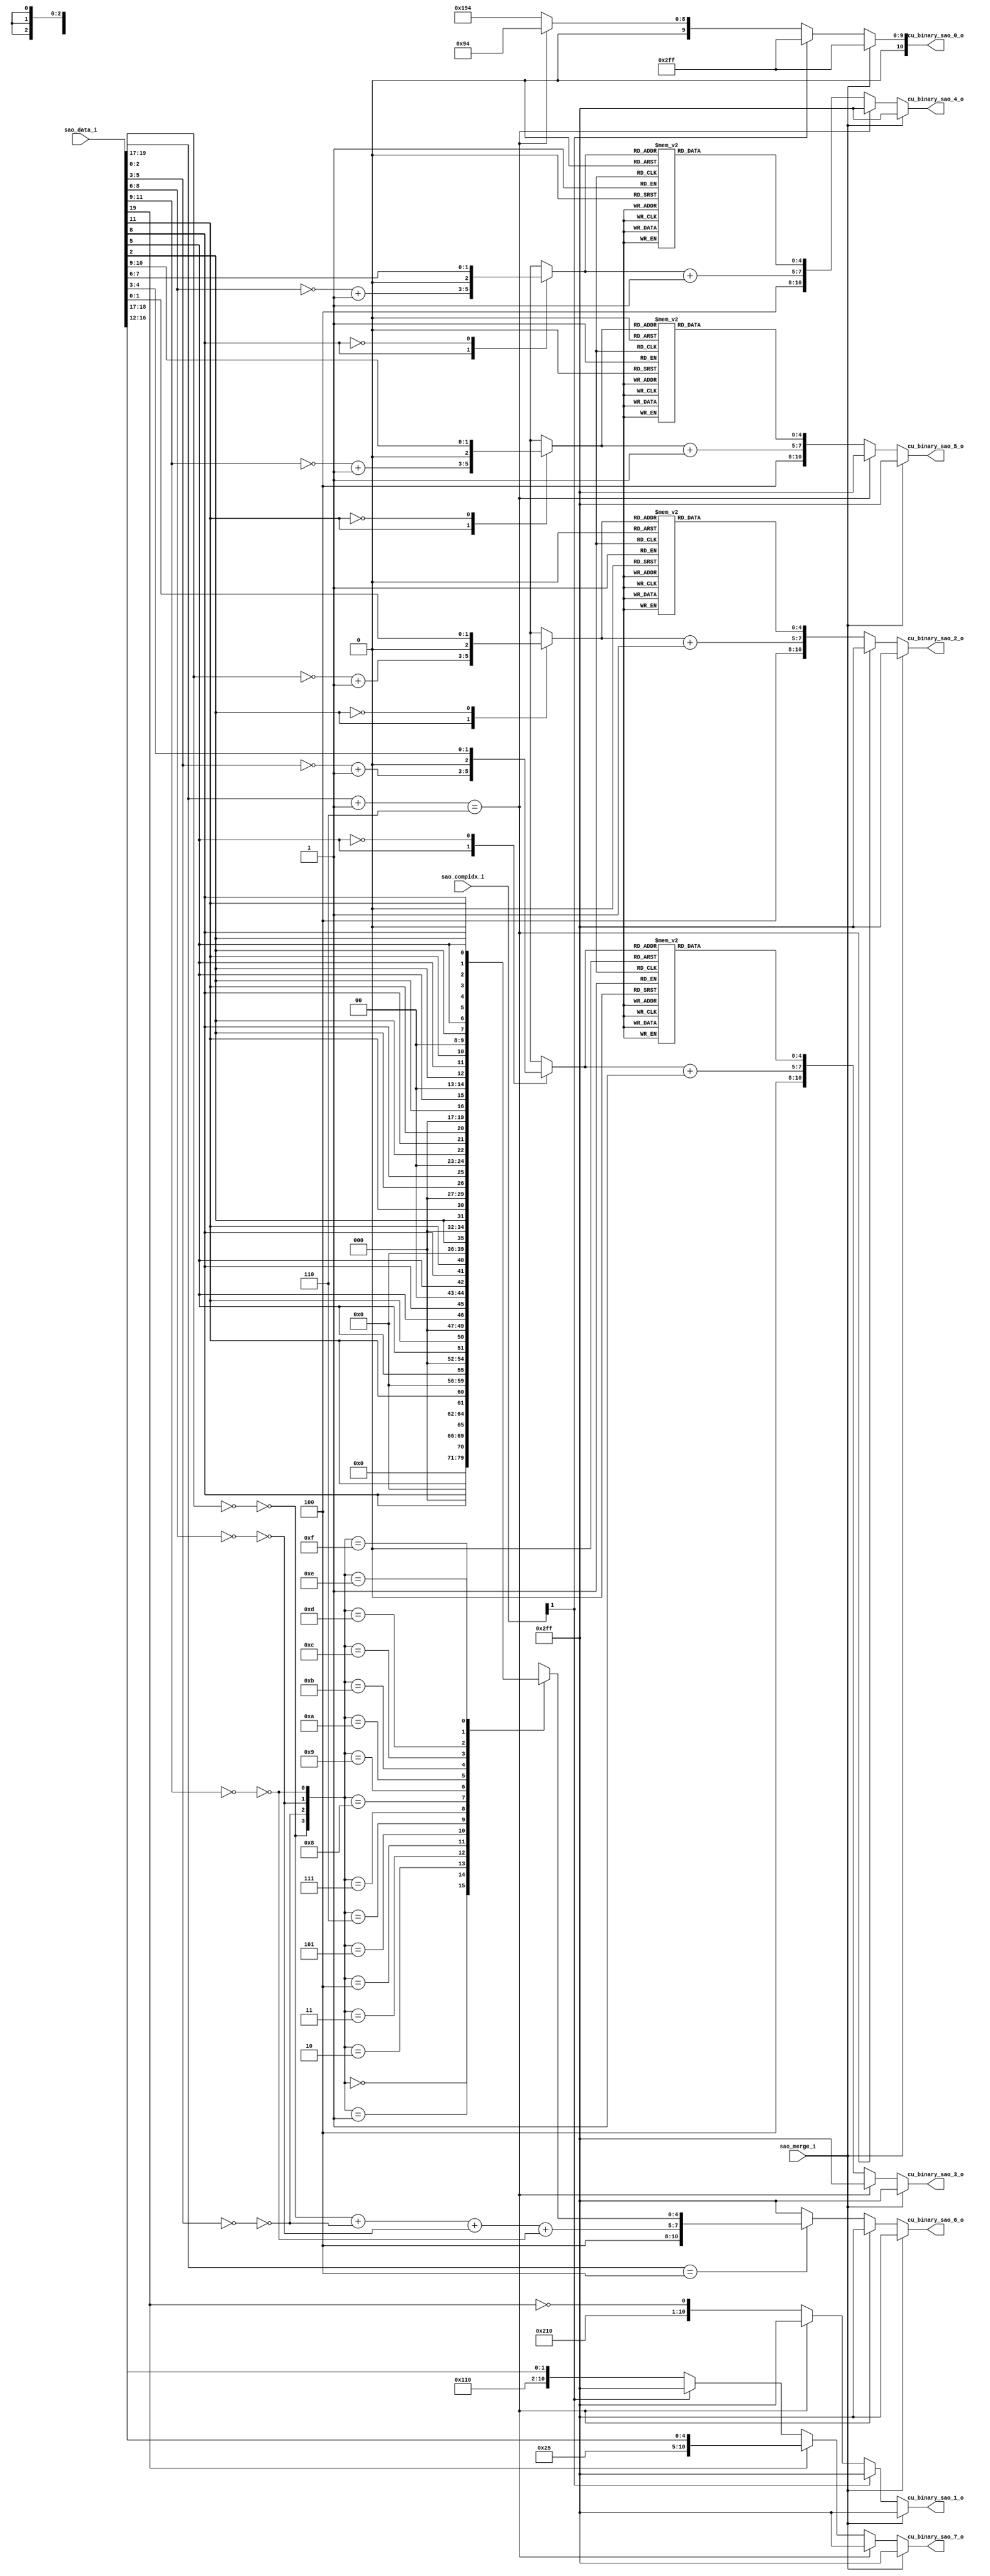
module cabac_binari_sao_offset(
                                sao_data_i         ,
								sao_compidx_i      ,
								sao_merge_i        ,
								cu_binary_sao_0_o  ,
								cu_binary_sao_1_o  ,
								cu_binary_sao_2_o  ,
								cu_binary_sao_3_o  ,
								cu_binary_sao_4_o  ,
								cu_binary_sao_5_o  ,
								cu_binary_sao_6_o  ,
								cu_binary_sao_7_o  
							
                            );
// -----------------------------------------------------------------------------------------------------------------------------
//
//		INPUT and OUTPUT DECLARATION
//
// -----------------------------------------------------------------------------------------------------------------------------
input     [19:0]                sao_data_i              ;
input     [ 1:0]                sao_compidx_i           ;
input                           sao_merge_i             ;

output    [10:0]                cu_binary_sao_0_o		;								
output    [10:0]                cu_binary_sao_1_o		;	
output    [10:0]                cu_binary_sao_2_o		;	
output    [10:0]                cu_binary_sao_3_o		;	
output    [10:0]                cu_binary_sao_4_o		;	
output    [10:0]                cu_binary_sao_5_o		;	
output    [10:0]                cu_binary_sao_6_o		;	
output    [10:0]                cu_binary_sao_7_o		;	

// -----------------------------------------------------------------------------------------------------------------------------
//
//		wire and reg signals declaration 
//
// -----------------------------------------------------------------------------------------------------------------------------
reg       [10:0]                cu_binary_sao_0_r		;								
reg       [10:0]                cu_binary_sao_1_r		;	
reg       [10:0]                cu_binary_sao_2_r		;	
reg       [10:0]                cu_binary_sao_3_r		;	
reg       [10:0]                cu_binary_sao_4_r		;	
reg       [10:0]                cu_binary_sao_5_r		;	
reg       [10:0]                cu_binary_sao_6_r		;	
reg       [10:0]                cu_binary_sao_7_r		;	

wire         [2:0]              sao_type_w              ;
wire         [4:0]              sao_sub_type_w          ;

wire signed  [2:0]              sao_offset_0_w          ;
wire signed  [2:0]              sao_offset_1_w          ;
wire signed  [2:0]              sao_offset_2_w          ;
wire signed  [2:0]              sao_offset_3_w          ;

reg          [2:0]              sao_offset_0_r          ;
reg          [2:0]              sao_offset_1_r          ;
reg          [2:0]              sao_offset_2_r          ;
reg          [2:0]              sao_offset_3_r          ;

reg          [4:0]              sao_max_uvlc_0_r        ;// [4:0]:bins       
reg          [4:0]              sao_max_uvlc_1_r        ;// [4:0]:bins       
reg          [4:0]              sao_max_uvlc_2_r        ;// [4:0]:bins       
reg          [4:0]              sao_max_uvlc_3_r        ;// [4:0]:bins       

wire         [2:0]              sao_max_uvlc_num_0_w    ;
wire         [2:0]              sao_max_uvlc_num_1_w    ;
wire         [2:0]              sao_max_uvlc_num_2_w    ;
wire         [2:0]              sao_max_uvlc_num_3_w    ;

wire                            sao_offset_neq0_0_w     ;  
wire                            sao_offset_neq0_1_w     ;  
wire                            sao_offset_neq0_2_w     ;  
wire                            sao_offset_neq0_3_w     ;
  
reg          [4:0]              sao_bo_offset_sign_r    ; 
wire         [2:0]              sao_bo_offset_num_w     ; 


wire         [2:0]              ui_symbol_w             ;

assign   sao_type_w        =     sao_data_i[19:17]      ;
assign   sao_sub_type_w    =     sao_data_i[16:12]      ;

assign   sao_offset_3_w    =     sao_data_i[11:9 ]      ;
assign   sao_offset_2_w    =     sao_data_i[ 8:6 ]      ;
assign   sao_offset_1_w    =     sao_data_i[ 5:3 ]      ;
assign   sao_offset_0_w    =     sao_data_i[ 2:0 ]      ;


assign     ui_symbol_w     =     sao_type_w   + 2'b1    ;

// sao_offset_abs 
always @* begin 
    case(sao_offset_0_w[2])
	    1'b1:  sao_offset_0_r =  (~sao_offset_0_w) + 2'b1 ;
		1'b0:  sao_offset_0_r =  sao_offset_0_w           ;
	endcase
end 

always @* begin 
    case(sao_offset_1_w[2])
	    1'b1:  sao_offset_1_r =  (~sao_offset_1_w) + 2'b1 ;
		1'b0:  sao_offset_1_r =  sao_offset_1_w           ;
	endcase
end 

always @* begin 
    case(sao_offset_2_w[2])
	    1'b1:  sao_offset_2_r =  (~sao_offset_2_w) + 2'b1 ;
		1'b0:  sao_offset_2_r =  sao_offset_2_w           ;
	endcase
end 

always @* begin 
    case(sao_offset_3_w[2])
	    1'b1:  sao_offset_3_r =  (~sao_offset_3_w) + 2'b1 ;
		1'b0:  sao_offset_3_r =  sao_offset_3_w           ;
	endcase
end 

// sao_max_uvlc 
always @* begin 
    case(sao_offset_0_r)
        3'd0 : sao_max_uvlc_0_r =  5'b0000_0 ;
        3'd1 : sao_max_uvlc_0_r =  5'b0001_0 ;
        3'd2 : sao_max_uvlc_0_r =  5'b0011_0 ;
        3'd3 : sao_max_uvlc_0_r =  5'b0111_0 ;
        3'd4 : sao_max_uvlc_0_r =  5'b1111_0 ;
        3'd5 : sao_max_uvlc_0_r =  5'b1111_1 ;
        3'd6 : sao_max_uvlc_0_r =  5'b1111_1 ;
        3'd7 : sao_max_uvlc_0_r =  5'b1111_1 ;
    endcase 
end 

always @* begin 
    case(sao_offset_1_r)
        3'd0 : sao_max_uvlc_1_r =  5'b0000_0 ;
        3'd1 : sao_max_uvlc_1_r =  5'b0001_0 ;
        3'd2 : sao_max_uvlc_1_r =  5'b0011_0 ;
        3'd3 : sao_max_uvlc_1_r =  5'b0111_0 ;
        3'd4 : sao_max_uvlc_1_r =  5'b1111_0 ;
        3'd5 : sao_max_uvlc_1_r =  5'b1111_1 ;
        3'd6 : sao_max_uvlc_1_r =  5'b1111_1 ;
        3'd7 : sao_max_uvlc_1_r =  5'b1111_1 ;
    endcase 
end

always @* begin 
    case(sao_offset_2_r)
        3'd0 : sao_max_uvlc_2_r =  5'b0000_0 ;
        3'd1 : sao_max_uvlc_2_r =  5'b0001_0 ;
        3'd2 : sao_max_uvlc_2_r =  5'b0011_0 ;
        3'd3 : sao_max_uvlc_2_r =  5'b0111_0 ;
        3'd4 : sao_max_uvlc_2_r =  5'b1111_0 ;
        3'd5 : sao_max_uvlc_2_r =  5'b1111_1 ;
        3'd6 : sao_max_uvlc_2_r =  5'b1111_1 ;
        3'd7 : sao_max_uvlc_2_r =  5'b1111_1 ;
    endcase 
end

always @* begin 
    case(sao_offset_3_r)
        3'd0 : sao_max_uvlc_3_r =  5'b0000_0 ;
        3'd1 : sao_max_uvlc_3_r =  5'b0001_0 ;
        3'd2 : sao_max_uvlc_3_r =  5'b0011_0 ;
        3'd3 : sao_max_uvlc_3_r =  5'b0111_0 ;
        3'd4 : sao_max_uvlc_3_r =  5'b1111_0 ;
        3'd5 : sao_max_uvlc_3_r =  5'b1111_1 ;
        3'd6 : sao_max_uvlc_3_r =  5'b1111_1 ;
        3'd7 : sao_max_uvlc_3_r =  5'b1111_1 ;
    endcase 
end

assign   sao_max_uvlc_num_0_w  =   sao_offset_0_r + 2'b1  ;
assign   sao_max_uvlc_num_1_w  =   sao_offset_1_r + 2'b1  ;
assign   sao_max_uvlc_num_2_w  =   sao_offset_2_r + 2'b1  ;
assign   sao_max_uvlc_num_3_w  =   sao_offset_3_r + 2'b1  ;

assign   sao_offset_neq0_0_w   =   !(!sao_offset_0_w)     ;
assign   sao_offset_neq0_1_w   =   !(!sao_offset_1_w)     ;
assign   sao_offset_neq0_2_w   =   !(!sao_offset_2_w)     ;
assign   sao_offset_neq0_3_w   =   !(!sao_offset_3_w)     ;

assign   sao_bo_offset_num_w   =  sao_offset_neq0_0_w + sao_offset_neq0_1_w + 
                                  sao_offset_neq0_2_w + sao_offset_neq0_3_w ;
								  
always @*begin 
    case({sao_offset_neq0_0_w,sao_offset_neq0_1_w,sao_offset_neq0_2_w,sao_offset_neq0_3_w})
        4'b0000: sao_bo_offset_sign_r =  5'b0;
        4'b0001: sao_bo_offset_sign_r =  {4'b0,sao_offset_3_w[2]} ;
		4'b0010: sao_bo_offset_sign_r =  {4'b0,sao_offset_2_w[2]} ;
        4'b0011: sao_bo_offset_sign_r =  {3'b0,sao_offset_2_w[2],sao_offset_3_w[2]};
        4'b0100: sao_bo_offset_sign_r =  {4'b0,sao_offset_1_w[2]} ;
        4'b0101: sao_bo_offset_sign_r =  {3'b0,sao_offset_1_w[2],sao_offset_3_w[2]};
        4'b0110: sao_bo_offset_sign_r =  {3'b0,sao_offset_1_w[2],sao_offset_2_w[2]};
        4'b0111: sao_bo_offset_sign_r =  {2'b0,sao_offset_1_w[2],sao_offset_2_w[2],sao_offset_3_w[2]};
		4'b1000: sao_bo_offset_sign_r =  {4'b0,sao_offset_0_w[2]} ;
		4'b1001: sao_bo_offset_sign_r =  {3'b0,sao_offset_0_w[2],sao_offset_3_w[2]};
		4'b1010: sao_bo_offset_sign_r =  {3'b0,sao_offset_0_w[2],sao_offset_2_w[2]};
		4'b1011: sao_bo_offset_sign_r =  {2'b0,sao_offset_0_w[2],sao_offset_2_w[2],sao_offset_3_w[2]};
		4'b1100: sao_bo_offset_sign_r =  {3'b0,sao_offset_0_w[2],sao_offset_1_w[2]};
		4'b1101: sao_bo_offset_sign_r =  {2'b0,sao_offset_0_w[2],sao_offset_1_w[2],sao_offset_3_w[2]};
		4'b1110: sao_bo_offset_sign_r =  {2'b0,sao_offset_0_w[2],sao_offset_1_w[2],sao_offset_2_w[2]};
		4'b1111: sao_bo_offset_sign_r =  {1'b0,sao_offset_0_w[2],sao_offset_1_w[2],sao_offset_2_w[2],sao_offset_3_w[2]}; 
    endcase 
end 

// saoTypeIdx
always @* begin 
    if (sao_merge_i)begin            // sao_merge_i = merge_left || merge_top 
	    cu_binary_sao_0_r  =  {2'b01,1'b0,8'hff    };
	    cu_binary_sao_1_r  =  {2'b01,1'b0,8'hff    };
	end  
    else if(sao_compidx_i[1]) begin  // sao_compidx_i == 2 
	    cu_binary_sao_0_r  =  {2'b01,1'b0,8'hff    };
	    cu_binary_sao_1_r  =  {2'b01,1'b0,8'hff    };
	end 
    else if(ui_symbol_w==3'd6) begin // ui_symbol_w ==6 
	    cu_binary_sao_0_r  =  {2'b00,1'b0,3'd4,5'd20}; 
	    cu_binary_sao_1_r  =  {2'b01,1'b0,8'hff    };
	end 
	else begin 
	    cu_binary_sao_0_r  =  {2'b00,1'b1,3'd4,5'd20}; 
	    cu_binary_sao_1_r  =  {2'b10,1'b0,3'd1,4'b0,(!sao_type_w[2])};
	end 
end 

// sao_offset
always @* begin 
    if (sao_merge_i)begin            // sao_merge_i = merge_left || merge_top 
        cu_binary_sao_2_r =  {2'b01,1'b0,8'hff};
        cu_binary_sao_3_r =  {2'b01,1'b0,8'hff};
	    cu_binary_sao_4_r =  {2'b01,1'b0,8'hff};
	    cu_binary_sao_5_r =  {2'b01,1'b0,8'hff};
	end
    else if(ui_symbol_w==3'd6)begin 
        cu_binary_sao_2_r =  {2'b01,1'b0,8'hff};
        cu_binary_sao_3_r =  {2'b01,1'b0,8'hff};
	    cu_binary_sao_4_r =  {2'b01,1'b0,8'hff};
	    cu_binary_sao_5_r =  {2'b01,1'b0,8'hff};
    end 
	else begin 
	    cu_binary_sao_2_r =  {2'b10,1'b0,sao_max_uvlc_num_0_w,sao_max_uvlc_0_r} ;
		cu_binary_sao_3_r =  {2'b10,1'b0,sao_max_uvlc_num_1_w,sao_max_uvlc_1_r} ;
		cu_binary_sao_4_r =  {2'b10,1'b0,sao_max_uvlc_num_2_w,sao_max_uvlc_2_r} ;
        cu_binary_sao_5_r =  {2'b10,1'b0,sao_max_uvlc_num_3_w,sao_max_uvlc_3_r} ;
    end 
end 

// sao_bo_offsetsign 
always @* begin 
     if (sao_merge_i)       // sao_merge_i = merge_left || merge_top 
        cu_binary_sao_6_r =  {2'b01,1'b0,8'hff};
    else if(ui_symbol_w==3'd6) 
        cu_binary_sao_6_r =  {2'b01,1'b0,8'hff};
    else if(sao_type_w==3'd4) // SAO_BO
        cu_binary_sao_6_r =  {2'b10,1'b0,sao_bo_offset_num_w,sao_bo_offset_sign_r};
    else 
        cu_binary_sao_6_r = {2'b01,1'b0,8'hff};
end 

// sao_subTypeIdx 
always @* begin 
    if (sao_merge_i)   // sao_merge_i = merge_left || merge_top 
	    cu_binary_sao_7_r  =  {2'b01,1'b0,8'hff}; 
    else if(ui_symbol_w==3'd6)
        cu_binary_sao_7_r  =  {2'b01,1'b0,8'hff};  
    else if(sao_type_w[2]) // SAO_BO
        cu_binary_sao_7_r  =  {2'b10,1'b0,3'd5,sao_sub_type_w};  
	else if(sao_compidx_i[1])  // comp_idx ==2
	    cu_binary_sao_7_r  =  {2'b01,1'b0,8'hff};  
	else 
	    cu_binary_sao_7_r  =  {2'b10,1'b0,3'd2,2'd0,sao_type_w};  
end 


assign   cu_binary_sao_0_o  =   cu_binary_sao_0_r  ;
assign   cu_binary_sao_1_o  =   cu_binary_sao_1_r  ;
assign   cu_binary_sao_2_o  =   cu_binary_sao_2_r  ;
assign   cu_binary_sao_3_o  =   cu_binary_sao_3_r  ;
assign   cu_binary_sao_4_o  =   cu_binary_sao_4_r  ;
assign   cu_binary_sao_5_o  =   cu_binary_sao_5_r  ;
assign   cu_binary_sao_6_o  =   cu_binary_sao_6_r  ;
assign   cu_binary_sao_7_o  =   cu_binary_sao_7_r  ;



endmodule